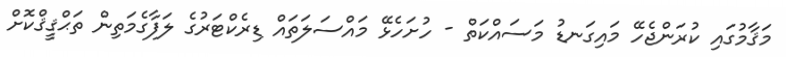
މަޤާމުގައި ކުރަންޖެހޭ މައިގަނޑު މަސައްކަތް - ހުށަހެޅޭ މައްސަލަތައް ޑިރެކްޓަރުގެ ލަފާގެމަތިން ތަޙްޤީޤްކޮށް